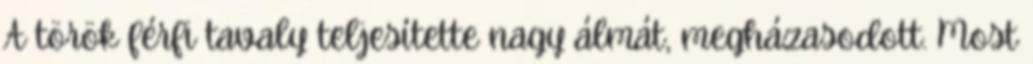
A török férfi tavaly teljesítette nagy álmát, megházasodott. Most